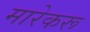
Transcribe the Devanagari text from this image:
मारेकरू